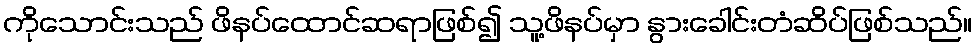
ကိုသောင်းသည် ဖိနပ်ထောင်ဆရာဖြစ်၍ သူ့ဖိနပ်မှာ နွားခေါင်းတံဆိပ်ဖြစ်သည်။